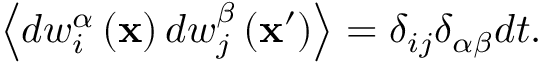
\left\langle d w _ { i } ^ { \alpha } \left( \mathbf { x } \right) d w _ { j } ^ { \beta } \left( \mathbf { x } ^ { \prime } \right) \right\rangle = \delta _ { i j } \delta _ { \alpha \beta } d t .